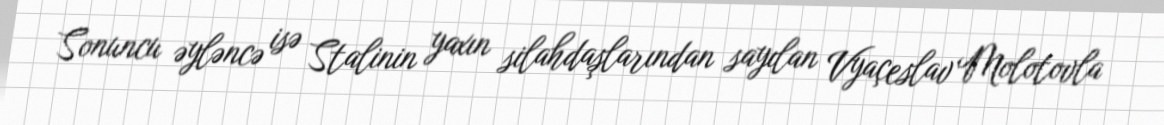
Sonuncu əyləncə isə Stalinin yaxın silahdaşlarından sayılan Vyaçeslav Molotovla